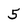
Character: 5